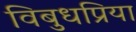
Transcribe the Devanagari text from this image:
विबुधप्रिया